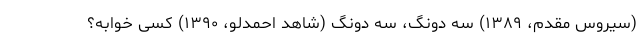
(سیروس مقدم، ۱۳۸۹) سه دونگ، سه دونگ (شاهد احمدلو، ۱۳۹۰) کسی خوابه؟